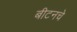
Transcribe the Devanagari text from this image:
बीटनचे